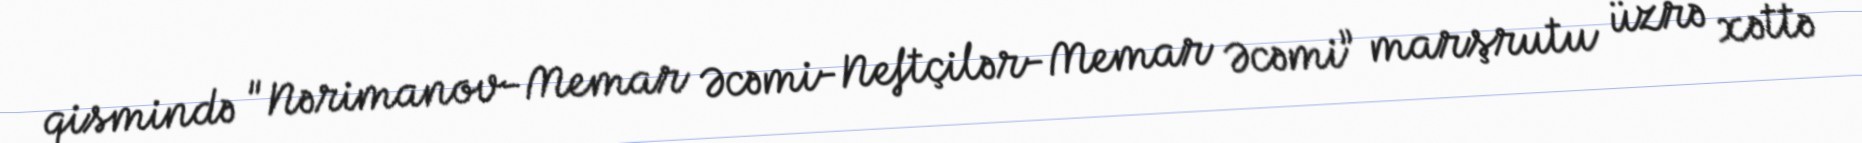
qismində "Nərimanov-Memar Əcəmi-Neftçilər-Memar Əcəmi” marşrutu üzrə xəttə